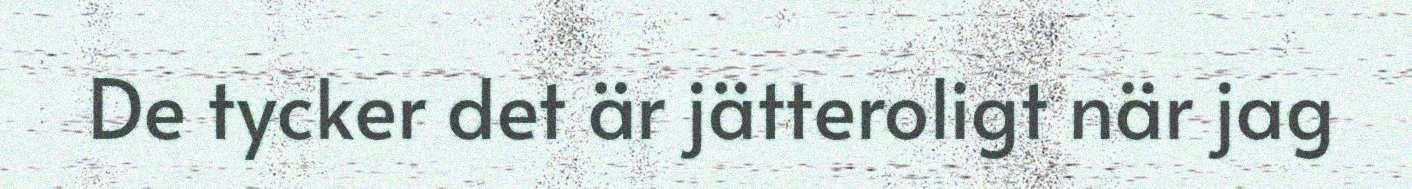
De tycker det är jätteroligt när jag